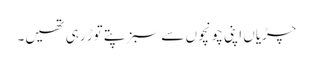
چڑیاں اپنی چونچوں سے سبز پتے توڑ رہی تھیں۔